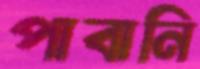
পাবানি